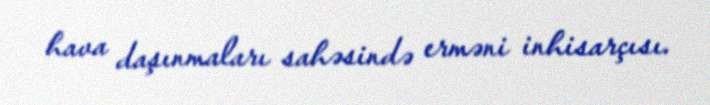
hava daşınmaları sahəsində erməni inhisarçısı.